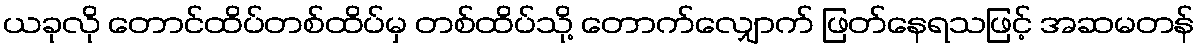
ယခုလို တောင်ထိပ်တစ်ထိပ်မှ တစ်ထိပ်သို့ တောက်လျှောက် ဖြတ်နေရသဖြင့် အဆမတန်